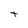
Character: t